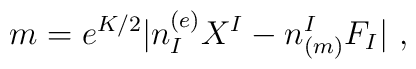
m = e^{K/2}|n_I^{(e)}X^I - n_{(m)}^I F_I |\ ,